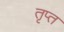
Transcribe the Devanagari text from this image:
तृप्‍त